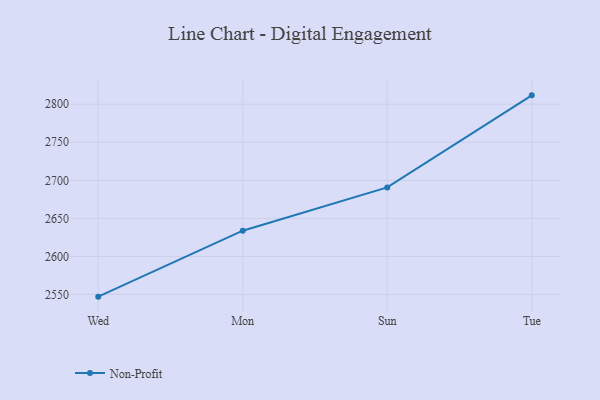
{"axis": {"x": "Day", "y": "Waste Production (Tons)"}, "legend": ["Non-Profit"], "data": [{"x": "Wed", "y": 2547.1, "type": "Non-Profit"}, {"x": "Mon", "y": 2633.8, "type": "Non-Profit"}, {"x": "Sun", "y": 2690.7, "type": "Non-Profit"}, {"x": "Tue", "y": 2811.7, "type": "Non-Profit"}]}